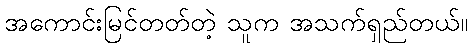
အကောင်းမြင်တတ်တဲ့ သူက အသက်ရှည်တယ်။